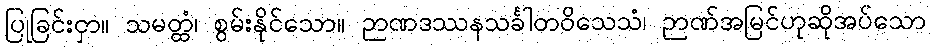
ပြုခြင်းငှာ။ သမတ္ထံ၊ စွမ်းနိုင်သော။ ဉာဏဒဿနသင်္ခါတဝိသေသံ၊ ဉာဏ်အမြင်ဟုဆိုအပ်သော